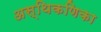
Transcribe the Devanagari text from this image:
अस्थिकणिका